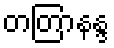
တတြာနန္ဒ